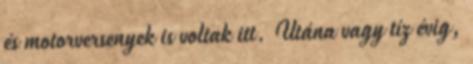
és motorversenyek is voltak itt. Utána vagy tíz évig,